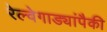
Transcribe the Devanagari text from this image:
रेल्वेगाड्यांपैकी